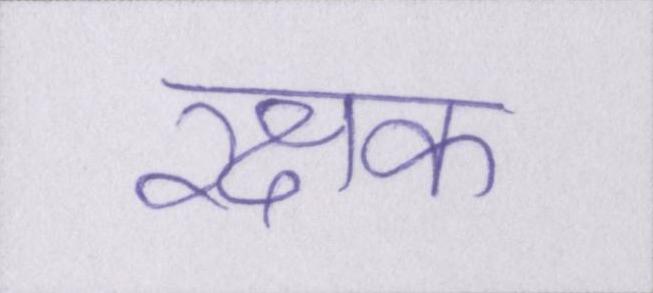
रक्षक